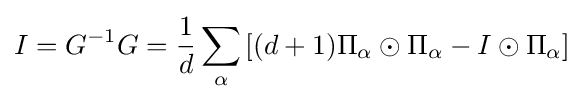
I=G^{-1}G={\frac {1}{d}}\sum _{\alpha }\left[(d+1)\Pi _{\alpha }\odot \Pi _{\alpha }-I\odot \Pi _{\alpha }\right]